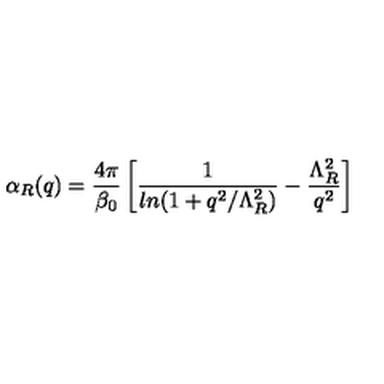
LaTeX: \alpha _ { R } ( q ) = \frac { 4 \pi } { \beta _ { 0 } } \left[ \frac { 1 } { l n ( 1 + q ^ { 2 } / \Lambda _ { R } ^ { 2 } ) } - \frac { \Lambda _ { R } ^ { 2 } } { q ^ { 2 } } \right]